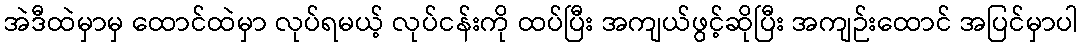
အဲဒီထဲမှာမှ ထောင်ထဲမှာ လုပ်ရမယ့် လုပ်ငန်းကို ထပ်ပြီး အကျယ်ဖွင့်ဆိုပြီး အကျဉ်းထောင် အပြင်မှာပါ